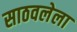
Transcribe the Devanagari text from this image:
साठवलेला